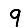
Digit: 9